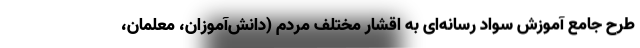
طرح جامع آموزش سواد رسانه‌ای به اقشار مختلف مردم (دانش‌آموزان، معلمان،